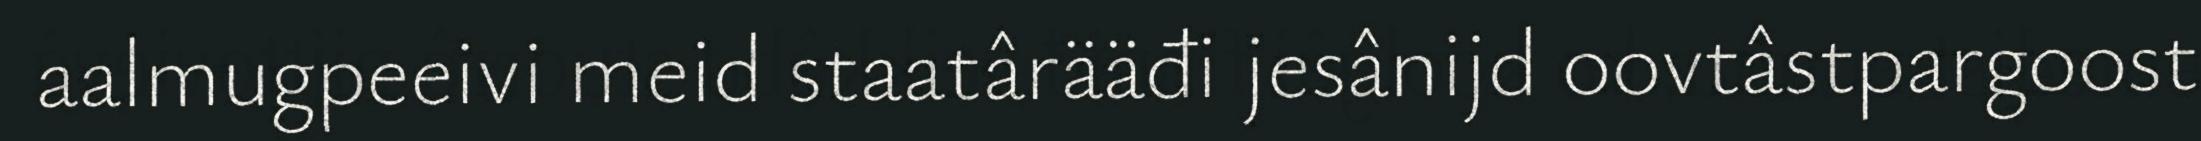
aalmugpeeivi meid staatârääđi jesânijd oovtâstpargoost